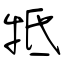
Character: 牴